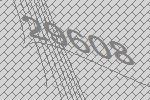
29608